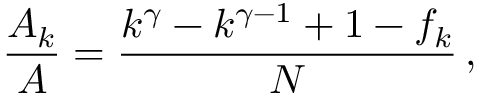
\frac { A _ { k } } { A } = \frac { k ^ { \gamma } - k ^ { \gamma - 1 } + 1 - f _ { k } } { N } \, ,